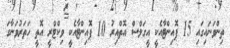
ތިންވަނައިގައި 15 ޕޮއިންޓާއެކީ އީގަލްސް އޮތްއިރު 10 ޕޮއިންޓާއެކީ ވިކްޓްރީ އޮތީ ހަތަރުވަނާގަ